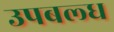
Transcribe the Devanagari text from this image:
उपबल्ध